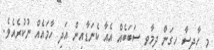
މި ހާދިސާ ހިގަން ދިމާވި ސަބަބެއް އެއާ ކެނަޑާއިން އަދި ހާމައެއް ނުކުރެއެވެ.